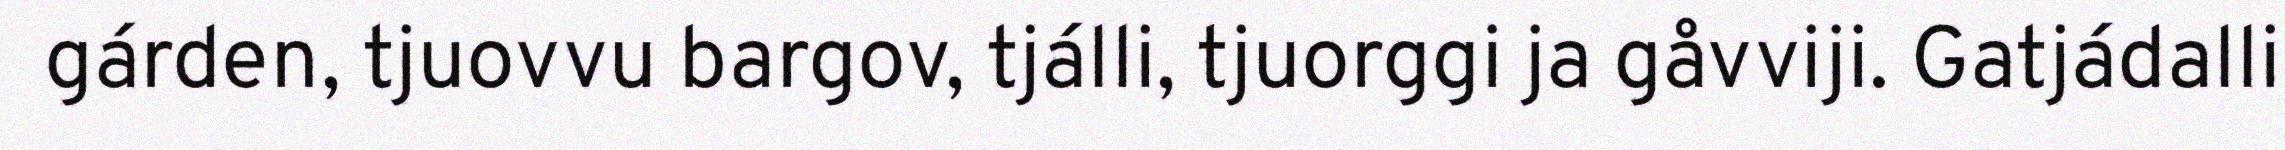
gárden, tjuovvu bargov, tjálli, tjuorggi ja gåvviji. Gatjádalli